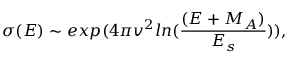
\sigma ( E ) \sim e x p ( 4 \pi v ^ { 2 } l n ( \frac { ( E + M _ { A } ) } { E _ { s } } ) ) ,